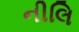
નીલિ